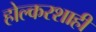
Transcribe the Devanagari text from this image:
होल्करशाही